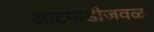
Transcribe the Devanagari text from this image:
आटपाडीजवळ